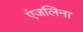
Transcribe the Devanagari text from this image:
एंजलिना